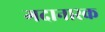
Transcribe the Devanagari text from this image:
गदानास्क